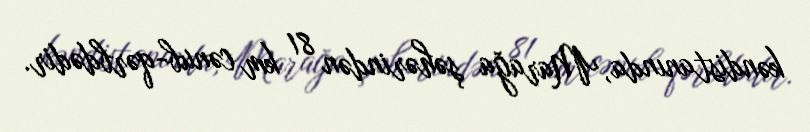
kəndistanında, Marağa şəhərindən 81 km cənub-qərbdədir.